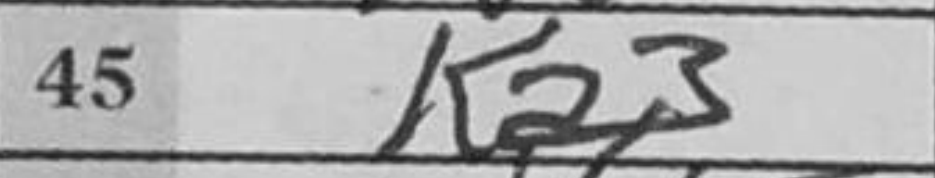
Transcription: Ka3